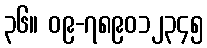
၃၆။ ၀၉-၇၈၉၀၁၂၃၄၅